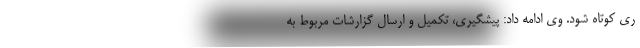
ری کوتاه شود. وی ادامه داد: پیشگیری، تکمیل و ارسال گزارشات مربوط به